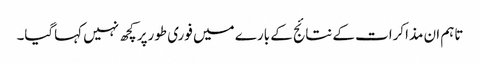
تاہم ان مذاکرات کے نتائج کے بارے میں فوری طورپر کچھ نہیں کہاگیا۔